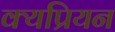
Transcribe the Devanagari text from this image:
क्यप्रियन